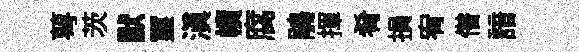
萼茨默璽滇幘腐鵑揮肴損宥僣諳